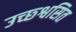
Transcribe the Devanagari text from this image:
उच्छ्श्वसित